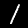
Digit: 1